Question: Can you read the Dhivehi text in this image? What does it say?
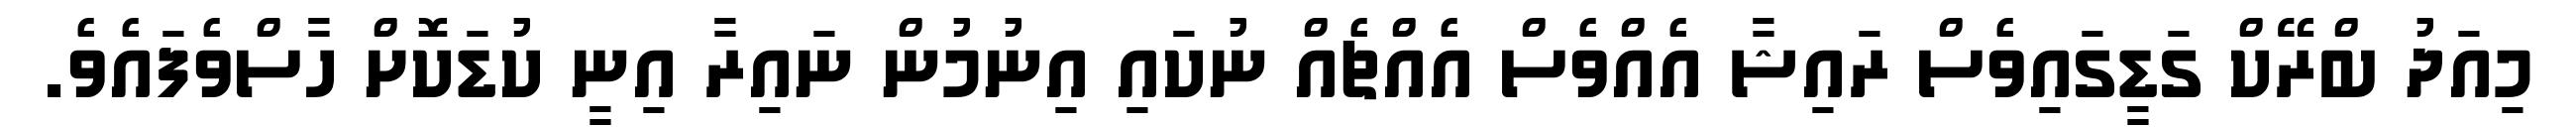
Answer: މިއަދު ބްރޭކް ގަޑީގައިވެސް ރައިޝާ އެއްވެސް އެއްޗެއް ނުކައި އިނުމުން ނައިރާ އިނީ ކުޑަކޮށް ހާސްވެފައެވެ.